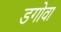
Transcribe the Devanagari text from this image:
डगोवा